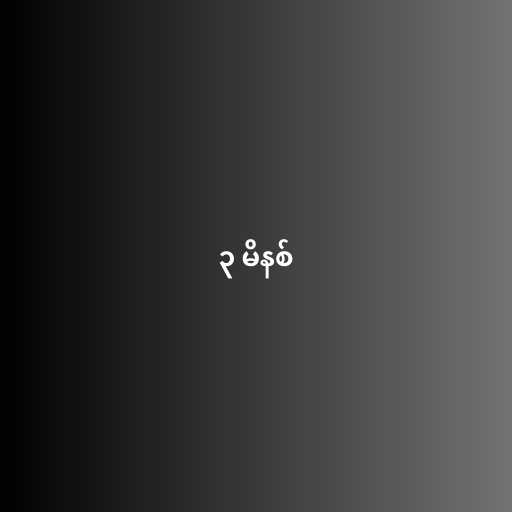
၃ မိနစ်